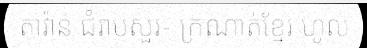
តាវ៉ាន់ ជំរាបសួរ- ក្រណាត់ខ្មែរ ហូល